Calcutta medical institutions reports 1871-78
Year: 1871
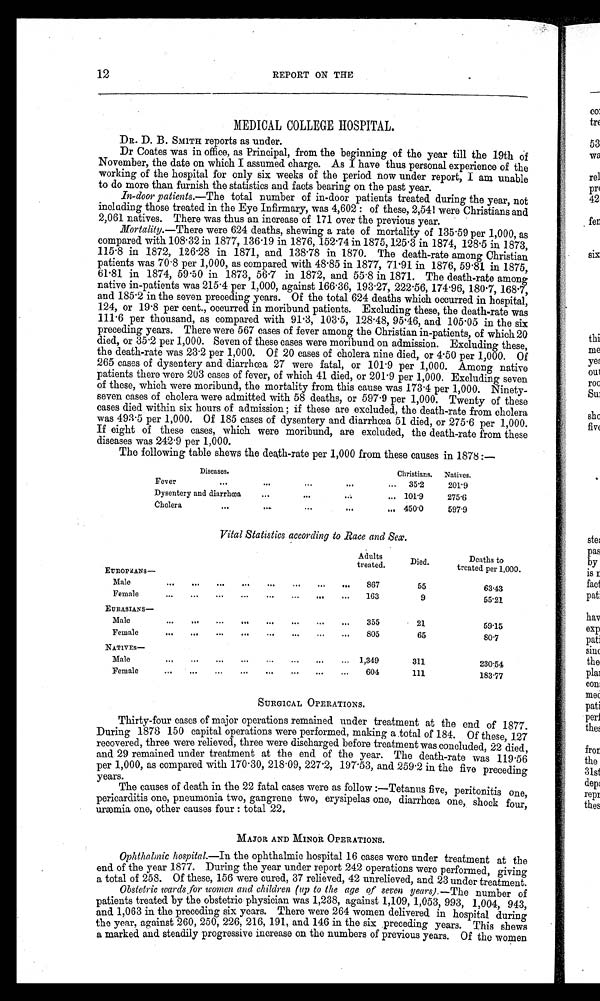
12 REPORT ON THE
MEDICAL COLLEGE HOSPITAL.
DR. D. B. SMITH reports as under.
Dr Coates was in office, as Principal, from the beginning of the year till the 19th of
November, the date on which I assumed charge. As I have thus personal experience of the
working of the hospital for only six weeks of the period now under report, I am unable
to do more than furnish the statistics and facts bearing on the past year.
In-door patients.—The total number of in-door patients treated during the year, not
including those treated in the Eye Infirmary, was 4,602: of these, 2,541 were Christians and
2,061 natives. There was thus an increase of 171 over the previous year.
Mortality. —There were 624 deaths, shewing a rate of mortality of 135.59 per 1,000, as
compared with 108.32 in 1877, 136.19 in 1876, 152.74 in 1875, 125.3 in 1874, 128.5 in 1873,
115.8 in 1872, 126.28 in 1871, and 138.78 in 1870. The death-rate among Christian
patients was 70.8 per 1,000, as compared with 48.85 in 1877, 71.91 in 1876, 59.81 in 1875,
61.81 in 1874, 59.50 in 1873, 56.7 in 1872, and 55.8 in 1871. The death-rate among
native in-patients was 215.4 per 1,000, against 166.36, 193.27, 222.56, 174.96, 180.7, 168.7,
a n d 1 8 5 . 2 i n t h e s e v e n p r e c e d i n g y e a r s . O f t h e t o t a l 6 2 4 d e a t h s w h i c h o c c u r r e d i n h o s p i t a l ,
124, or 19.8 per cent., occurred in moribund patients. Excluding these, the death-rate was
111.6 per thousand, as compared with 91.3, 103.5, 128.48, 95.46, and 105.05 in the six
preceding years. There were 567 cases of fever among the Christian in-patients, of which 20
died, or 35.2 per 1,000. Seven of these cases were moribund on admission. Excluding these,
the death-rate was 23.2 per 1,000. Of 20 cases of cholera nine died, or 4.50 per 1,000. Of
265 cases of dysentery and diarrhœa 27 were fatal, or 101.9 per 1,000. Among native
patients there were 203 cases of fever, of which 41 died, or 201.9 per 1,000. Excluding seven
of these, which were moribund, the mortality from this cause was 173.4 per 1,000. Ninety-
seven cases of cholera were admitted with 58 deaths, or 597.9 per 1,000. Twenty of these
cases died within six hours of admission ; if these are excluded, the death-rate from cholera
was 493.5 per 1,000. Of 185 cases of dysentery and diarrhœa 51 died, or 275.6 per 1,000.
If eight of these cases, which were moribund, are excluded, the death-rate from these
disease swas 242.9 per 1.000
The following table shows the death-rate per 1,000 from these causes in 1878 :—
Diseases.
Christians. Natives.
Fever
. . .
...
...
... 35.2
201.9
Dysentery and diarrhœa
...
. . .
. . .
... 101.9
275.6
Cholera
. . .
. . .
...
. . . 450.0
597.9
Vital Statistics according to Race and Sex
Adults t r e a t e d .
Died.
Deaths to
treated per 1,000.
EUROPEANS—
Male
. . .
. . .
. . .
. . . . . .
...
...
...
867
55
63.43
Female
...
...
...
...
...
. . .
. . . ...
163
9
55.21
EURASIANS—
Male
. . .
. . .
. . . ...
...
...
...
...
355
21
59.15
Female
...
. . .
. . . ...
...
. . .
...
...
805
65
80 7
NATIVES—
Male
...
...
. . .
. . .
. . .
. . .
...
... 1,349
311
230.54
Female
. . .
. . .
. . .
. . . ...
...
. . . ...
604
111
183.677
SURGICAL OPERATIONS.
Thirty-four cases of major operations remained under treatment at the end of 1877.
During 1878 150 capital operations were performed, making a total of 184. Of these, 127
recovered, three were relieved, three were discharged before treatment was concluded, 22 died,
and 29 remained under treatment at the end of the year. The death-rate was 119.56
per 1,000, as compared with 170.30, 218.09, 227.2, 197.53, and 259.2 in the five preceding
years.
The causes of death in the 22 fatal cases were as follow :—Tetanus five, peritonitis one,
pericarditis one, pneumonia two, gangrene two, erysipelas one, diarrhœa one, shock four,
uræmia one, other causes four : total 22.
MAJOR AND MINOR OPERATIONS.
Ophthalmic hospital.—In the ophthalmic hospital 16 cases were under treatment at the
end of the year 1877. During the year under report 242 operations were performed, giving
a total of 258. Of these, 156 were cured, 37 relieved, 42 unrelieved, and 23 under treatment.
Obstetric wards for women and children (up to the age of seven years). —The number of
patients treated by the obstetric physician was 1,238, against 1,109, 1,053, 993, 1,004, 943,
and. 1,063 in the preceding six years. There were 264 women delivered in hospital during
the year, against 260, 250, 226, 216, 191, and 146 in the six preceding years. This shews
a marked and steadily progressive increase on the numbers of previous years. Of the women